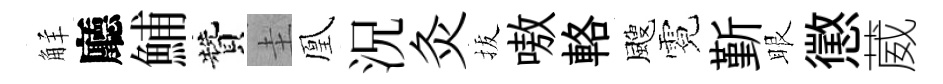
觧廳鯆贊圭凰況灸拔嗷輅颼霓斳眼懲葳